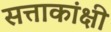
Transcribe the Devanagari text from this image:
सत्ताकांक्षी